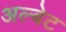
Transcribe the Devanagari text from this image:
अल्बेट